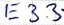
Text: E3.3